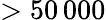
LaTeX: >50\, 000